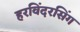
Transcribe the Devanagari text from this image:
हरविंदरसिंग